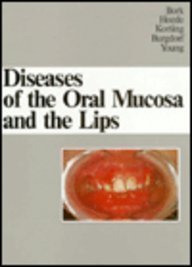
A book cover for Diseases of the Oral Mucosa and the Lips, 1e; Konrad Bork MD; Medical Books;